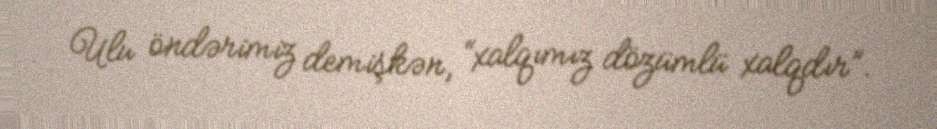
Ulu öndərimiz demişkən, “xalqımız dözümlü xalqdır”.